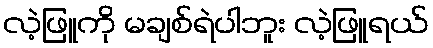
လဲ့ဖြူကို မချစ်ရဲပါဘူး လဲ့ဖြူရယ်